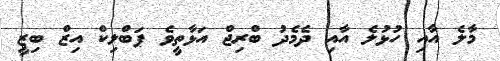
މާލެ އާއި ހުޅުލެ އާއި ދެމެދު ބްރިޖް އަޅާތީވެ ޕަބްލިކް އިޒް ބިޒީ